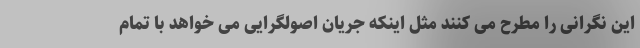
این نگرانی را مطرح می کنند مثل اینکه جریان اصولگرایی می خواهد با تمام